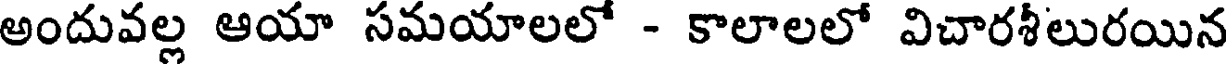
అందువల్ల ఆయా సమయాలలో - కాలాలలో విచారశీలురయిన